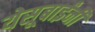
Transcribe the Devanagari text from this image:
येसूबाईंनी